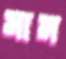
মাম